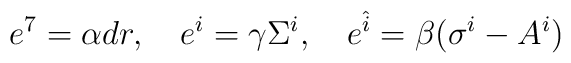
e^7 = \alpha d r , \quad e^i = \gamma \Sigma^i , \quad e^{\hat{i}} = \beta(\sigma^i -A^i)